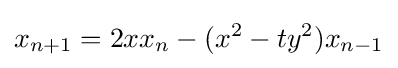
x_{n+1}=2xx_{n}-(x^{2}-ty^{2})x_{n-1}